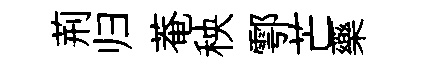
荊归菴秧鄠芒藥